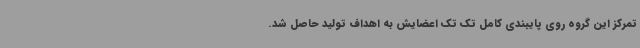
تمرکز این گروه روی پایبندی کامل تک تک اعضایش به اهداف تولید حاصل شد.